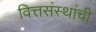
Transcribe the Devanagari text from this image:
वित्तसंस्थांची